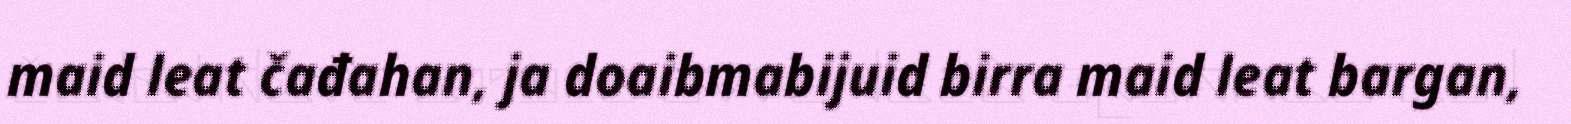
maid leat čađahan, ja doaibmabijuid birra maid leat bargan,